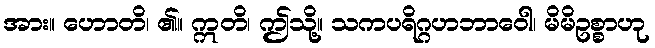
အား။ ဟောတိ၊ ၏။ ဣတိ၊ ဤသို့။ သကပရိဂ္ဂဟဘာဝေါ၊ မိမိဥစ္စာဟု